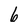
Character: 6